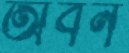
অবন